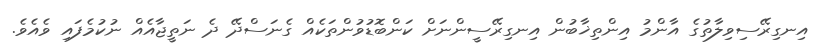
އިނގިރޭސިވިލާތުގެ އާންމު އިންތިޚާބުން އިނގިރޭސީންނަށް ކަންބޮޑުވުންތަކެއް ގެނަސްދޭ ދެ ނަތީޖާއެއް ނުކުމެފައި ވެއެވެ.